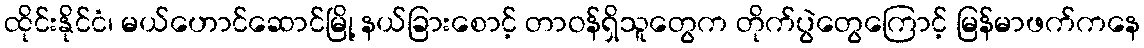
ထိုင်းနိုင်ငံ၊ မယ်ဟောင်ဆောင်မြို့ နယ်ခြားစောင့် တာဝန်ရှိသူတွေက တိုက်ပွဲတွေကြောင့် မြန်မာဖက်ကနေ